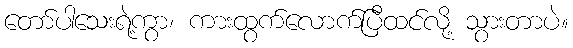
တော်ပါသေးရဲ့ကွာ၊ ကားထွက်လောက်ပြီထင်လို့ သွားတာပဲ။